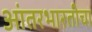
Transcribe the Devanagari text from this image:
आंतरभारतीचा